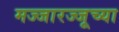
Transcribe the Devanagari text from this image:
मज्जारज्जूच्या